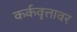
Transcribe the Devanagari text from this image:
कर्कवृत्तावर